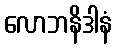
လောဘနိဒါနံ